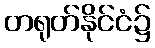
တရုတ်နိုင်ငံ၌